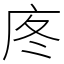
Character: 庝